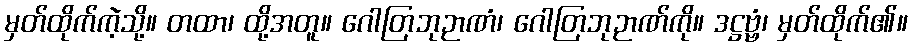
မှတ်ထိုက်ကဲ့သို့။ တထာ၊ ထို့အတူ။ ဂေါတြဘုဉာဏံ၊ ဂေါတြဘုဉာဏ်ကို။ ဒဋ္ဌဗ္ဗံ၊ မှတ်ထိုက်၏။